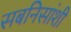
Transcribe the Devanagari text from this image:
सबनिसांशी